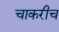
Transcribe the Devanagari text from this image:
चाकरीच